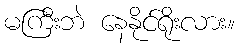
မကြီးဘဲ နေနိုင်ရိုးလား။